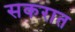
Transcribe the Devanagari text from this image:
सकरात